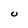
Character: U